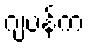
ဂျပန်က